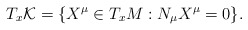
\begin{align*} T_x\mathcal{K}=\{X^\mu\in T_xM:N_\mu X^\mu=0\}.\end{align*}